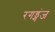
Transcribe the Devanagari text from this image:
रगड्गंज